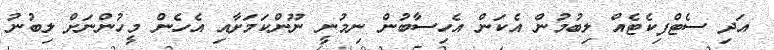
އަދި ސެޓްފިކެޓެއް ލިބުމުން އެކަން އެހިސާބުން ނިމުނީ ނޫންކަމަށާއި އެހެން މީހުންނަށް ލިބުނު